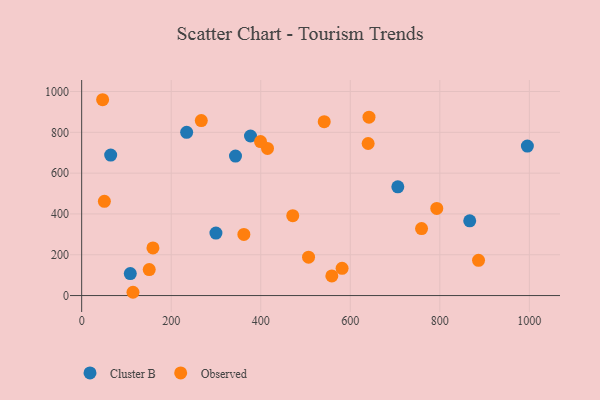
{"axis": {"x": "Engine Size", "y": "Fuel Efficiency"}, "legend": ["Cluster B", "Observed"], "data": [{"x": "234.5", "y": 799.9, "type": "Cluster B"}, {"x": "995.6", "y": 732.7, "type": "Cluster B"}, {"x": "377.1", "y": 781.9, "type": "Cluster B"}, {"x": "866.8", "y": 366.2, "type": "Cluster B"}, {"x": "706.2", "y": 532.6, "type": "Cluster B"}, {"x": "343.6", "y": 683.3, "type": "Cluster B"}, {"x": "64.8", "y": 688.5, "type": "Cluster B"}, {"x": "299.9", "y": 306.0, "type": "Cluster B"}, {"x": "108.6", "y": 107.8, "type": "Cluster B"}, {"x": "415.1", "y": 720.9, "type": "Observed"}, {"x": "50.7", "y": 462.0, "type": "Observed"}, {"x": "581.7", "y": 133.6, "type": "Observed"}, {"x": "114.6", "y": 16.1, "type": "Observed"}, {"x": "46.8", "y": 959.6, "type": "Observed"}, {"x": "886.5", "y": 172.5, "type": "Observed"}, {"x": "641.8", "y": 874.0, "type": "Observed"}, {"x": "541.8", "y": 851.9, "type": "Observed"}, {"x": "558.8", "y": 96.3, "type": "Observed"}, {"x": "639.9", "y": 745.2, "type": "Observed"}, {"x": "793.2", "y": 427.2, "type": "Observed"}, {"x": "471.5", "y": 391.3, "type": "Observed"}, {"x": "362.3", "y": 299.4, "type": "Observed"}, {"x": "399.5", "y": 754.5, "type": "Observed"}, {"x": "759.2", "y": 328.1, "type": "Observed"}, {"x": "506.8", "y": 187.9, "type": "Observed"}, {"x": "267.2", "y": 857.4, "type": "Observed"}, {"x": "150.9", "y": 127.4, "type": "Observed"}, {"x": "159.2", "y": 233.6, "type": "Observed"}]}